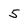
Character: 5